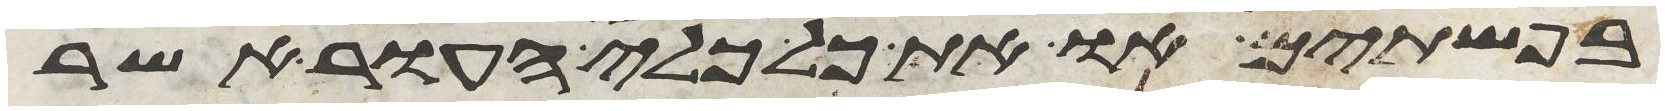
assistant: בפשתים או את כל כלי העור אשר